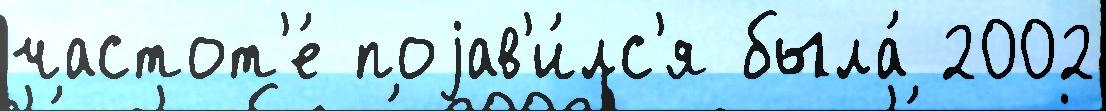
частот'е́ поjав'и́лс'я была́ 2002